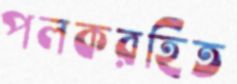
পলকরহিত